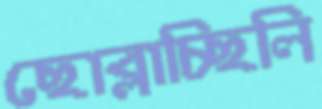
ছোব্‌লাচ্ছিলি